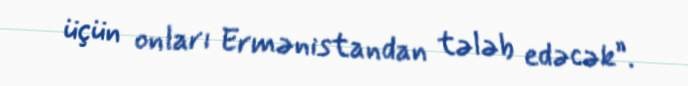
üçün onları Ermənistandan tələb edəcək”.